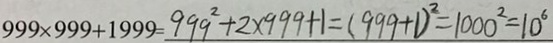
9 9 9 \times 9 9 9 + 1 9 9 9 = 9 9 9 ^ { 2 } + 2 \times 9 9 9 + 1 = ( 9 9 9 + 1 ) ^ { 2 } = 1 0 0 0 ^ { 2 } = 1 0 ^ { 6 }